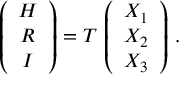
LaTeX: \left( \begin{array} { c } { { H } } \\ { { R } } \\ { { I } } \end{array} \right) = T \, \left( \begin{array} { c } { { X _ { 1 } } } \\ { { X _ { 2 } } } \\ { { X _ { 3 } } } \end{array} \right) \, .